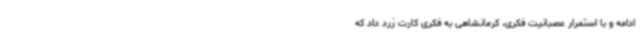
ادامه و با استمرار عصبانیت فکری، کرمانشاهی به فکری کارت زرد داد که